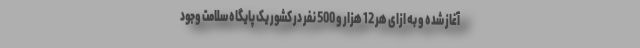
آغاز شده و به ازای هر 12 هزار و 500 نفر در کشور یک پایگاه سلامت وجود